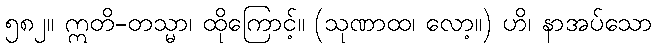
၅၈၂။ ဣတိ-တသ္မာ၊ ထိုကြောင့်။ (သုဏာထ၊ လော့။) ဟိ၊ နာအပ်သော